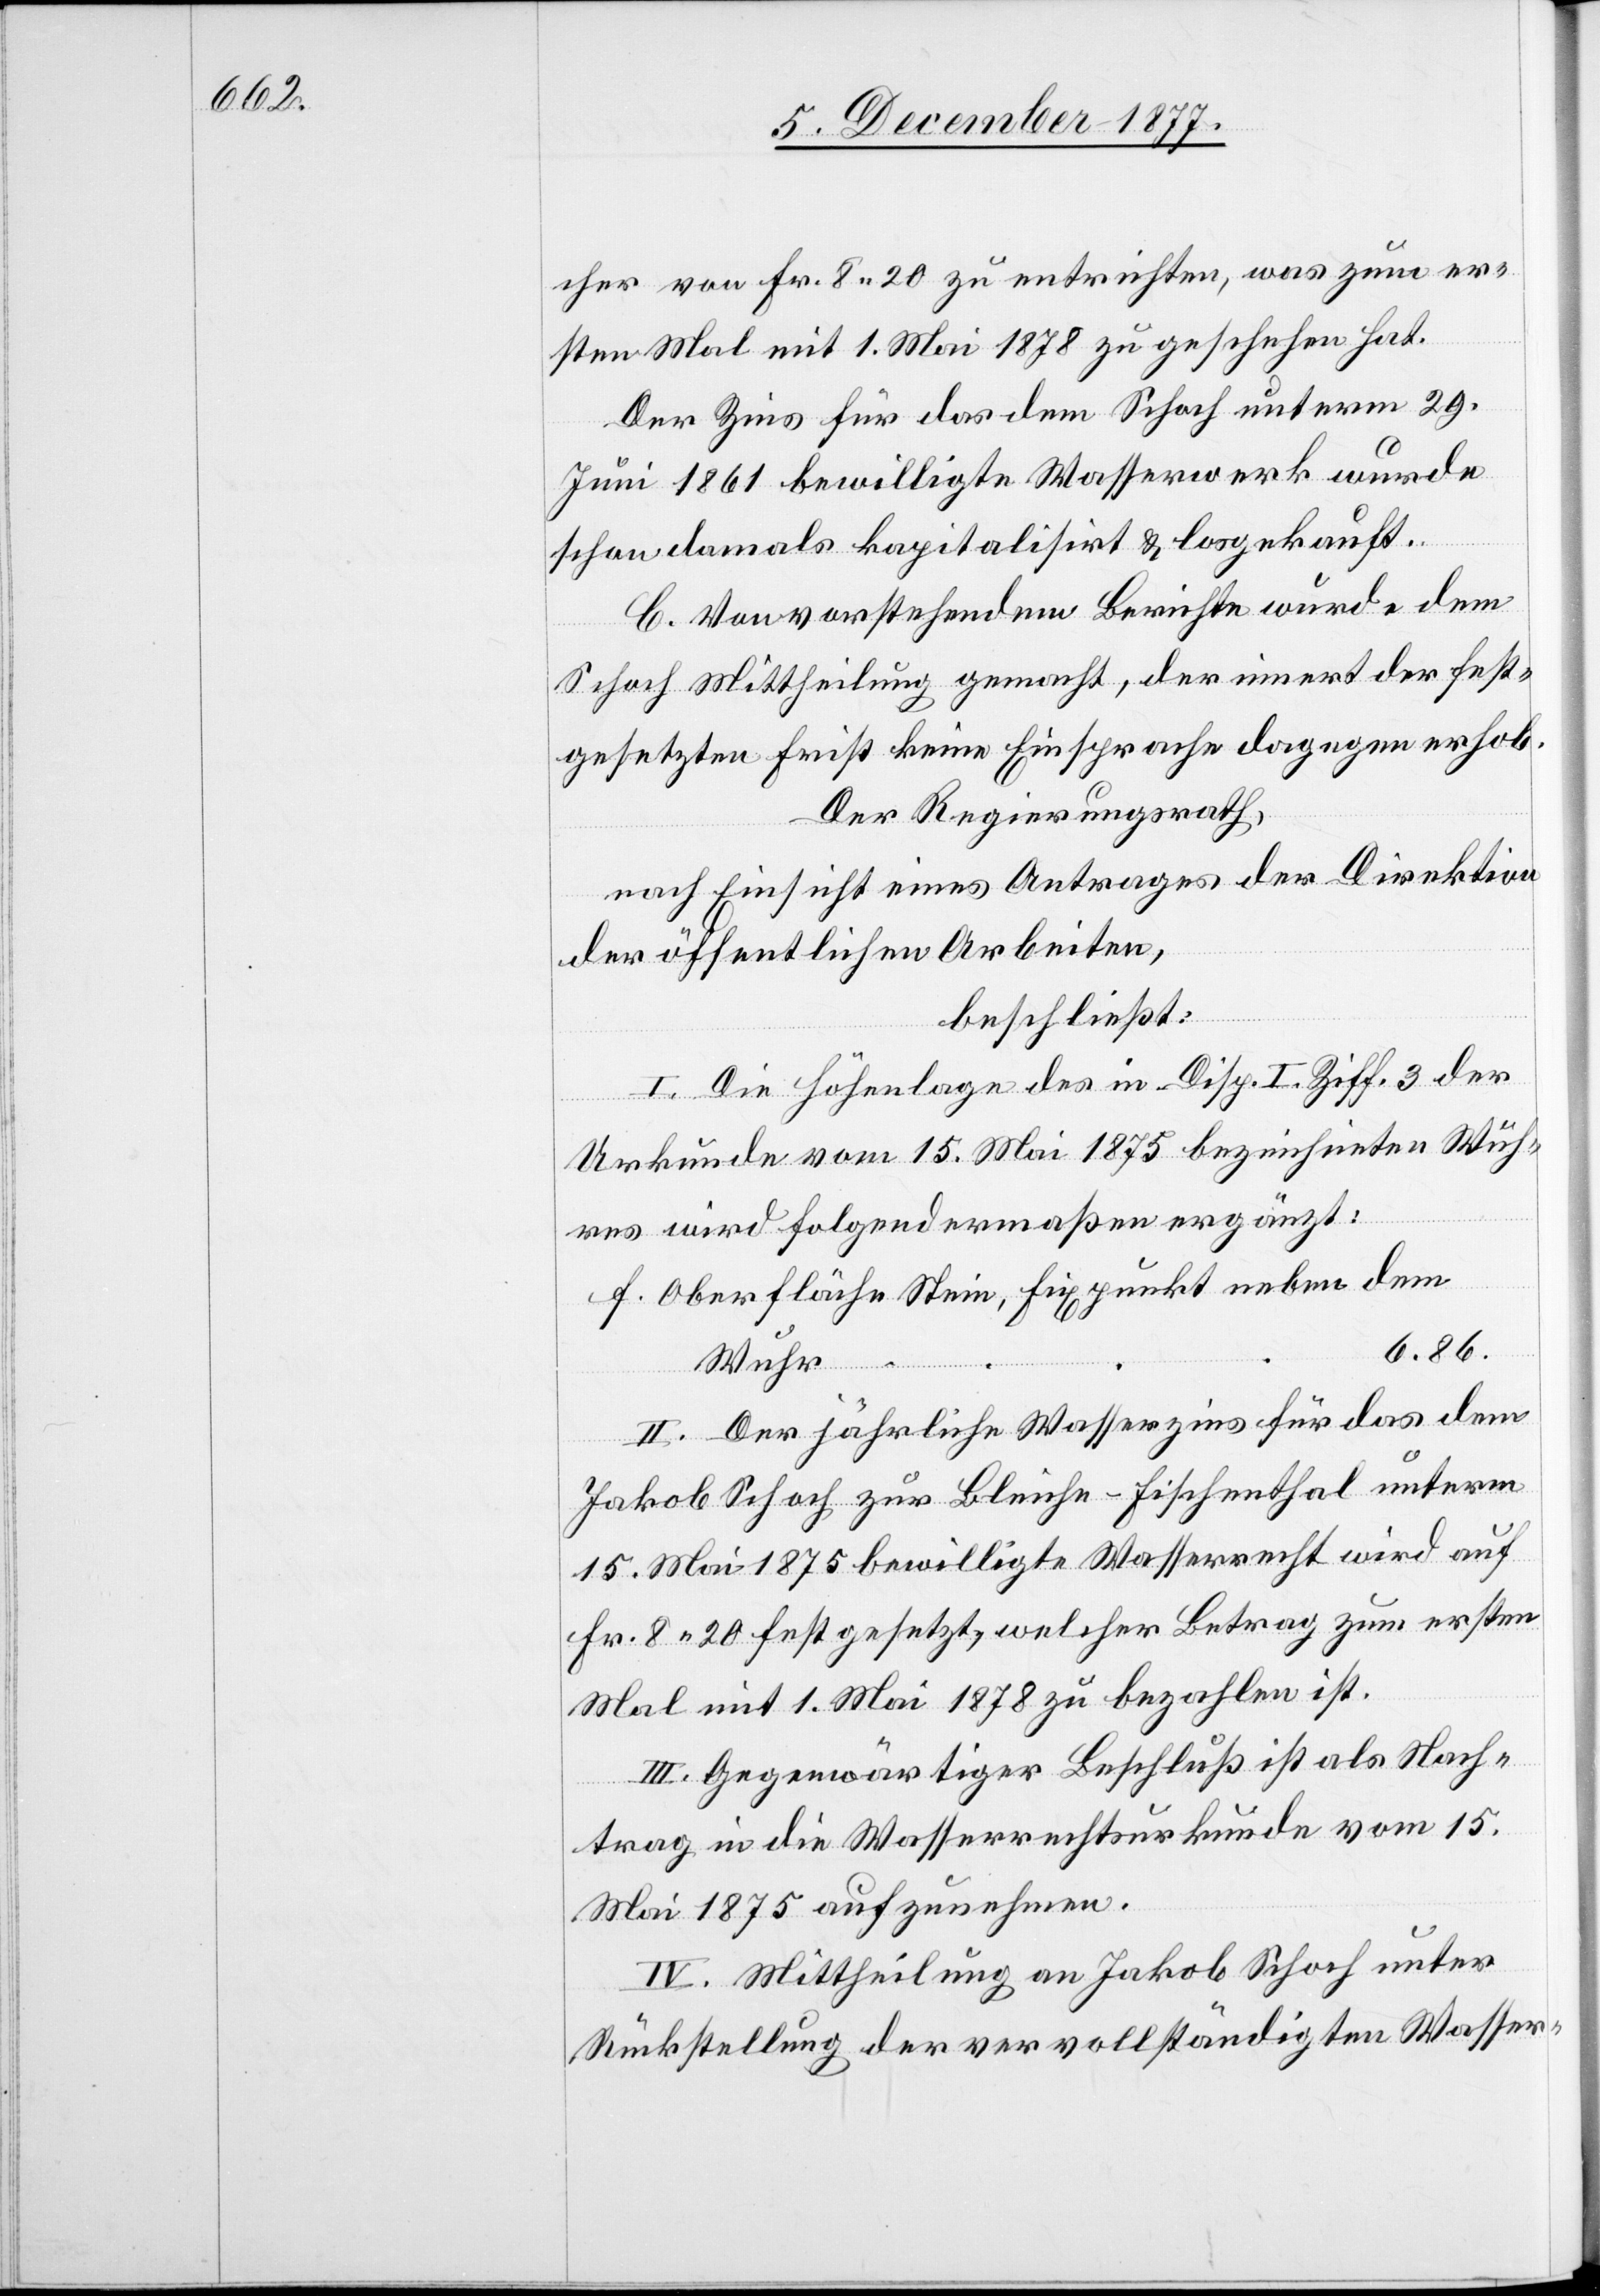
cher von Fr. 8 20 zu entrichten, was zum er¬
sten Mal mit 1. Mai 1878 zu geschehen hat.
Der Zins für das dem Schoch unterm 29.
Juni 1861 bewilligte Wasserwerk wurde
schon damals kapitalisirt & losgekauft.
C. Von vorstehendem Berichte wurde dem
Schoch Mittheilung gemacht, der innert der fest¬
gesetzten Frist keine Einsprache dagegen erhob.
Der Regierungsrath,
nach Einsicht eines Antrages der Direktion
der öffentlichen Arbeiten,
beschließt:
I. Die Höhenlage des in Disp. I Ziff. 3 der
Urkunde vom 15. Mai 1875 bezeichneten Wuh¬
res wird folgendermaßen ergänzt:
Oberfläche Stein, Fixpunkt neben dem
6.86.
Wuhr
II. Der jährliche Wasserzins für das dem
Jakob Schoch zur Bleiche - Fischenthal unterm
15. Mai 1875 bewilligte Wasserrecht wird auf
Fr. 8 20 festgesetzt, welcher Betrag zum ersten
Mal mit 1. Mai 1878 zu bezahlen ist.
III. Gegenwärtiger Beschluß ist als Nach¬
trag in die Wasserrechtsurkunde vom 15.
Mai 1875 aufzunehmen.
IV. Mittheilung an Jakob Schoch unter
Rückstellung der vervollständigten Wasser-